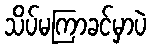
သိပ်မကြာခင်မှာပဲ